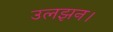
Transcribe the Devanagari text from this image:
उलझन।